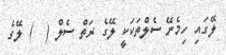
ލޭގައި ހިމެނޭ ސެލްތަކަކީ ލޭގެ ރަތް ސެލް (  ) ލޭގެ